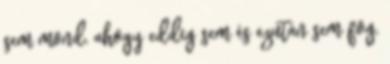
sem mond, ahogy eddig sem és ezután sem fog,